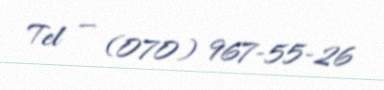
Tel — (070) 967-55-26